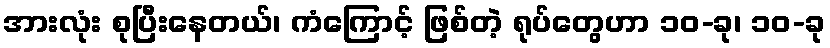
အားလုံး စုပြီးနေတယ်၊ ကံကြောင့် ဖြစ်တဲ့ ရုပ်တွေဟာ ၁၀-ခု၊ ၁၀-ခု